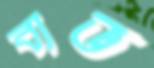
ব্যভ